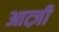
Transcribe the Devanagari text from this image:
आत्ज़ी